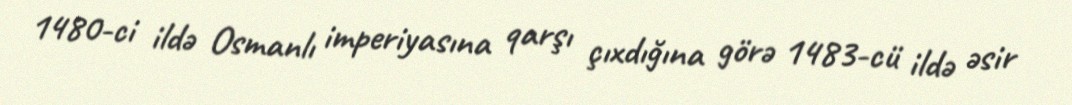
1480-ci ildə Osmanlı imperiyasına qarşı çıxdığına görə 1483-cü ildə əsir